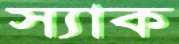
স্যাক